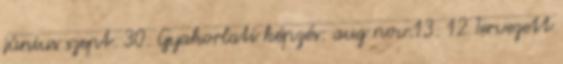
június szept. 30. Gyakorlati képzés: aug nov.13. 12 Tervezett